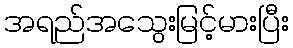
အရည်အသွေးမြင့်မားပြီး